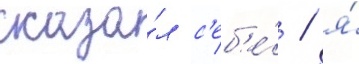
сказа́л с'еб'е́ / я́